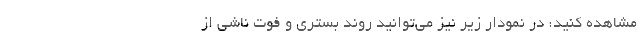
مشاهده کنید: در نمودار زیر نیز می‌توانید روند بستری و فوت ناشی از